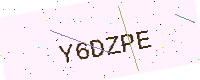
Text: Y6DZPE